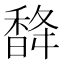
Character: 𮩨